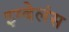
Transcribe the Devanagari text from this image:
इम्बेलंस